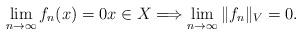
LaTeX: \begin{align*}\lim_{n\rightarrow \infty} f_n(x) = 0 x \in X \Longrightarrow \lim_{n\rightarrow \infty} \Vert f_n\Vert_V = 0.\end{align*}